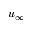
u _ { \infty }